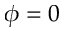
\phi = 0